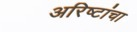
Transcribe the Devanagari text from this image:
अरिष्टांचा